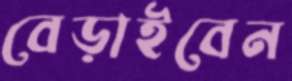
বেড়াইবেন